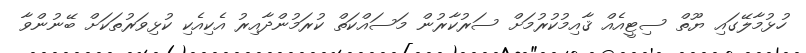
ހުޅުމާލޭގައި ޔޫތް ސިޓީއެއް ޤާއިމުކުރުމަށް ސަރުކާރުން މަސައްކަތް ކުރަމުންދާއިރު އެކިއެކި ކުޅިވަރުތަކަށް ބޭނުންވާ